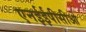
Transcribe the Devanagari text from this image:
एनईईपीसीओ